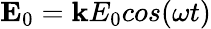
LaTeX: {\mathbf E}_{0}={\mathbf k}E_{0}cos(\omega t)